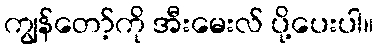
ကျွန်တော့်ကို အီးမေးလ် ပို့ပေးပါ။